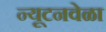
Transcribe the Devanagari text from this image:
न्यूटनवेळा